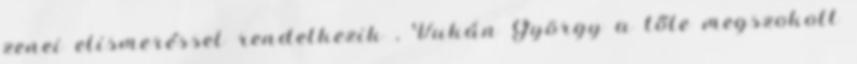
zenei elismeréssel rendelkezik , Vukán György a tőle megszokott